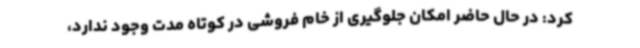
کرد: در حال حاضر امکان جلوگیری از خام فروشی در کوتاه مدت وجود ندارد،